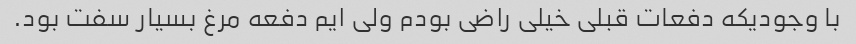
با وجودیکه دفعات قبلی خیلی راضی بودم ولی ایم دفعه مرغ بسیار سفت بود.